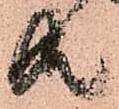
共